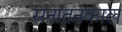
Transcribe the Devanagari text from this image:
सनातनकाल